Leningradi_Edasi_toimetus, lk 54
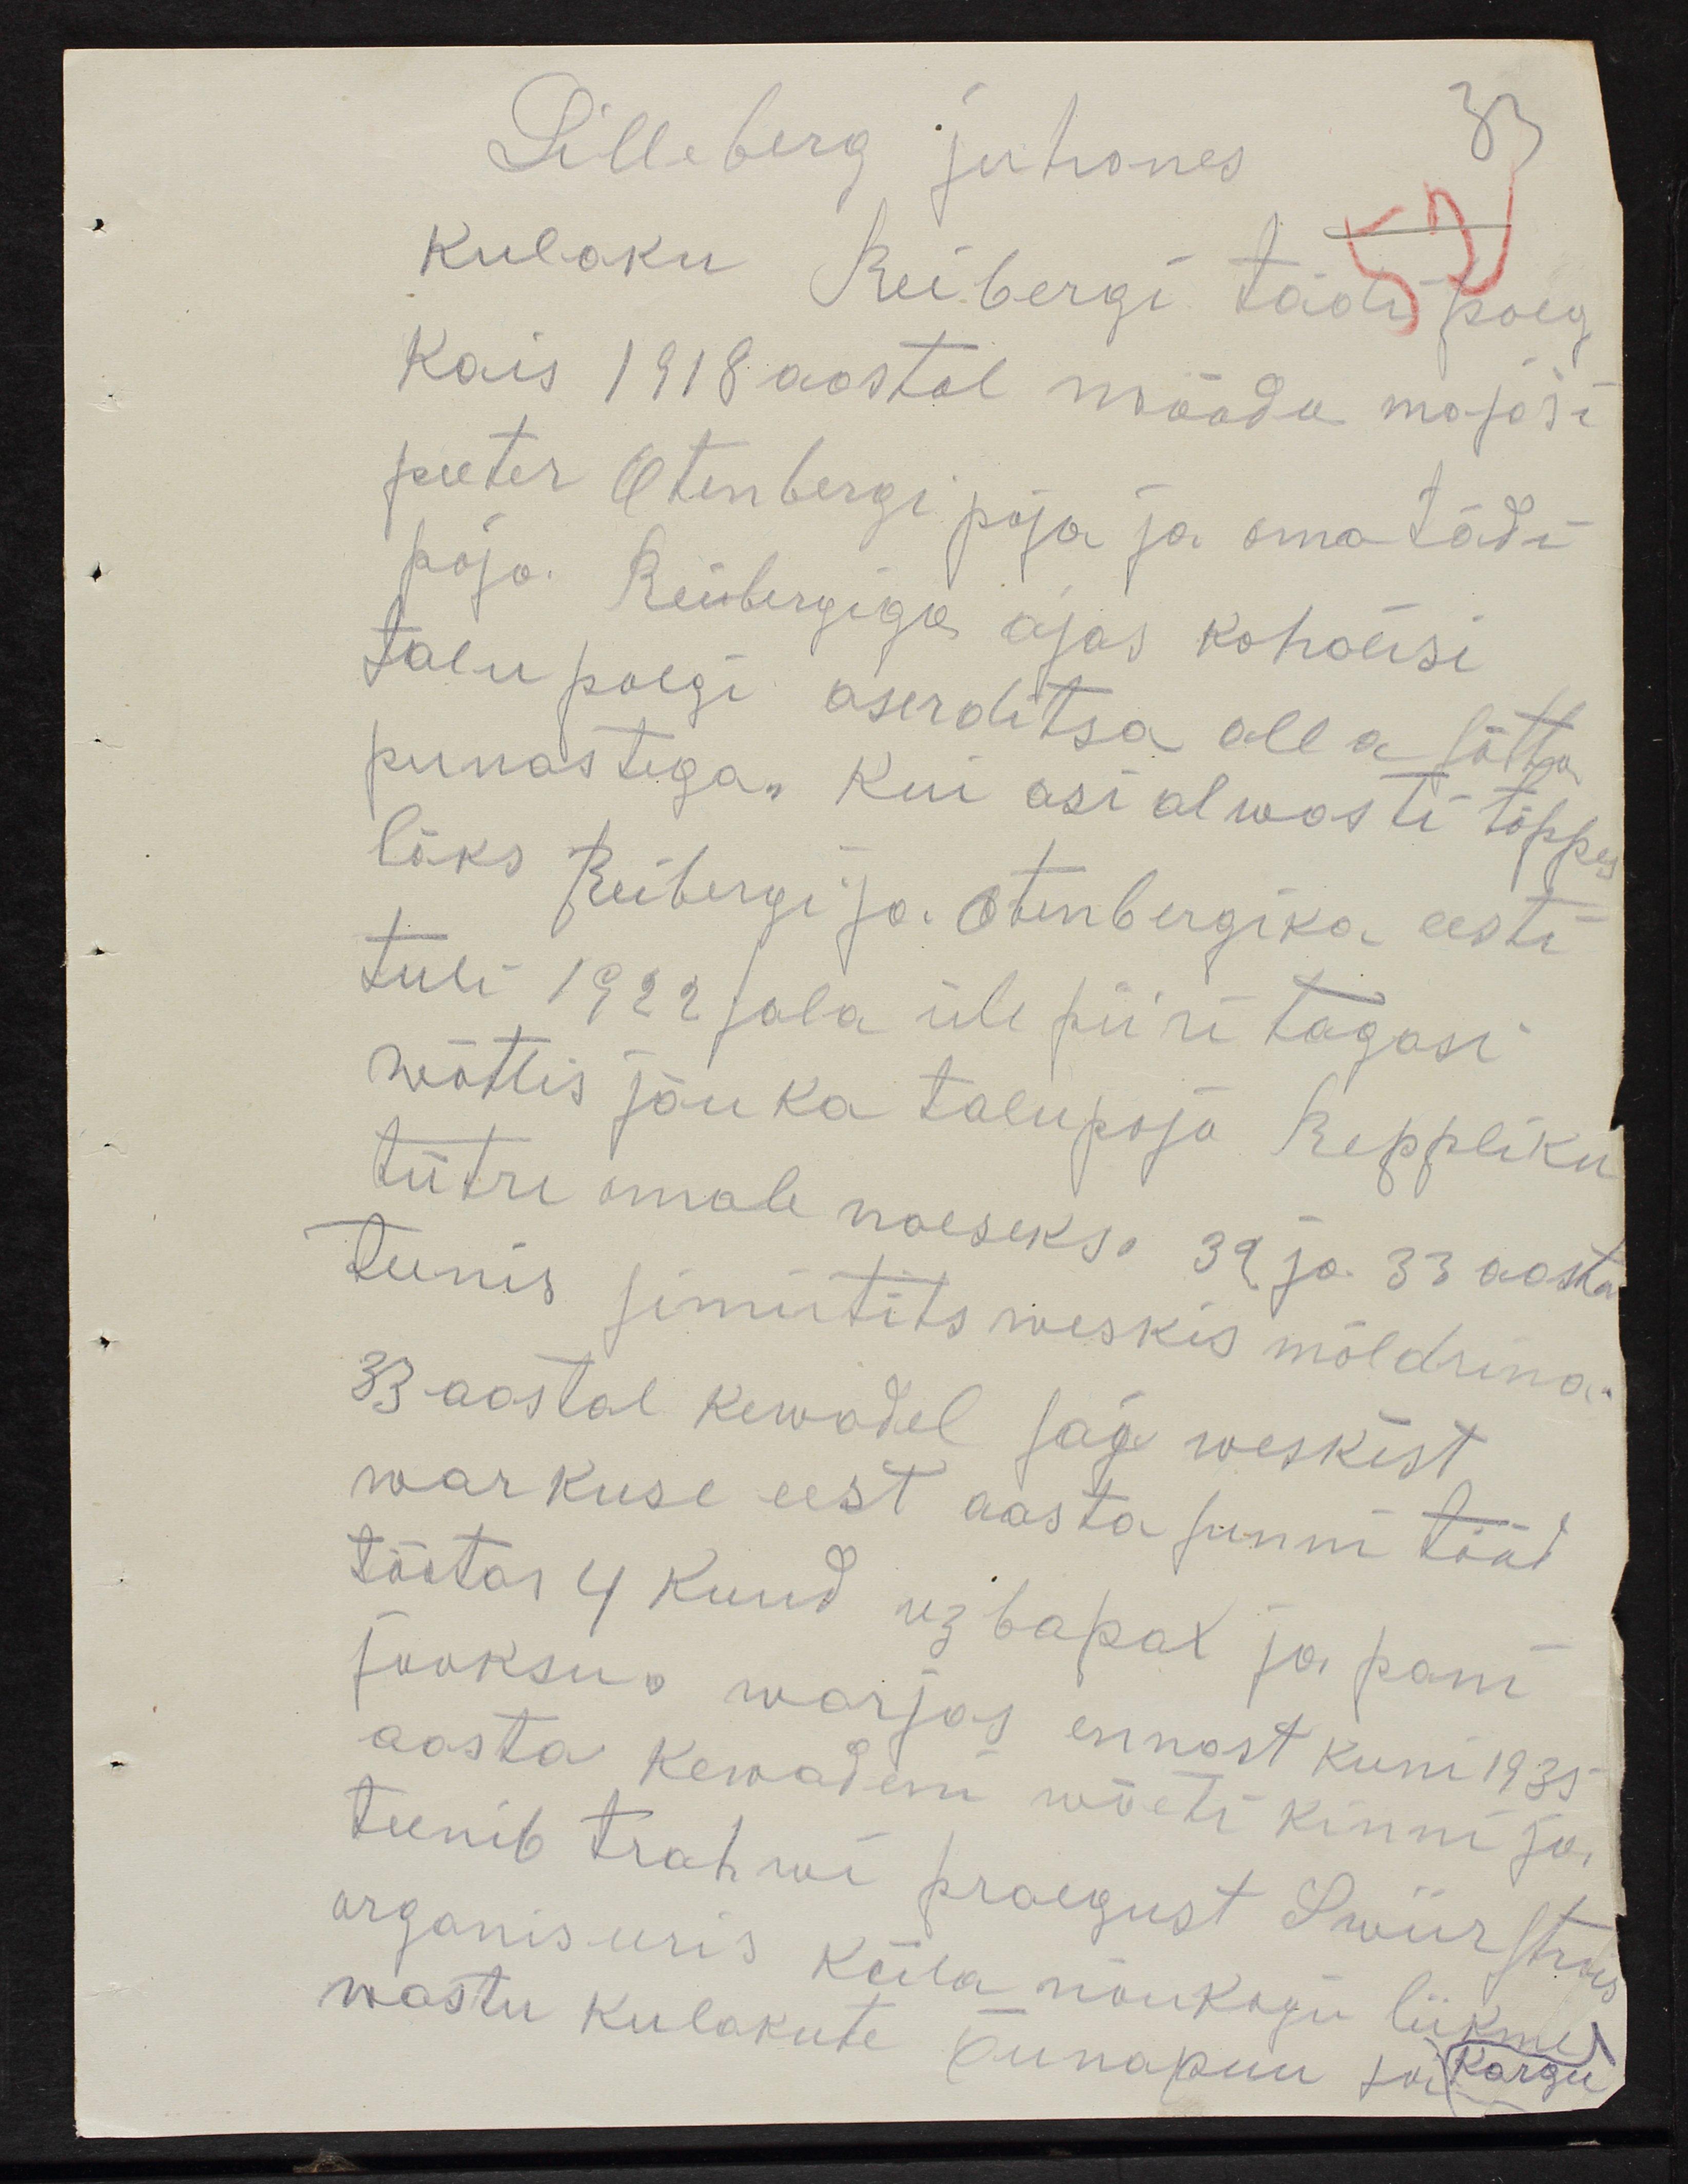
Lilleberg juhanes
kulaku Reibergi tädi poeg
Käis 1918 aastal mööda majasi
peeter Otenbergi poja ja oma tädi
poja. Reibergiga ajas kohalisi
talu poegi aserditsa alla sõtta
punastega. Kui asi alwasti lõppes
läks Reibergi ja Otenbergika eesti
tuli 1922 jala üle piiri tagasi
wõttis jõuka talupoja Reppliku
tütre omale naeseks. 32 ja 33 aasta
tunis simiitits weskis möldrina.
33 aastal kewadel saj weskist
warkuse eest aasta sunni tööd
töötas 4 kuud 12 papal ja pani
jooksu warjas ennast kuni 1935
aasta kewadeni wõeti kinni ja
teenib trahwi praegust Swiirstus
organiseeris küila nõukogu liikme
wastu kulakute õunapuu ja Kargu